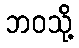
ဘဝသို့